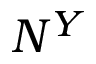
N ^ { Y }